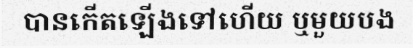
បានកើតឡើងទៅហើយ ឬមួយបង